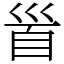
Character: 𩠐